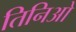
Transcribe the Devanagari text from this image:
तिनिओ